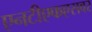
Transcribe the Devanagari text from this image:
एनटीएफएसवर